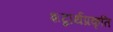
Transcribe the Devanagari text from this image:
शब्दार्थप्रकृति